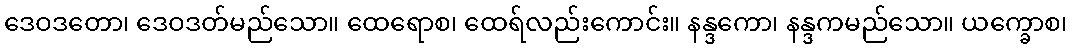
ဒေဝဒတော၊ ဒေဝဒတ်မည်သော။ ထေရောစ၊ ထေရ်လည်းကောင်း။ နန္ဒကော၊ နန္ဒကမည်သော။ ယက္ခောစ၊